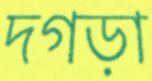
দগড়া